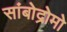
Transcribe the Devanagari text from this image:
सांबोद्रोमो